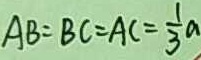
A B = B C = A C = \frac { 1 } { 3 } a